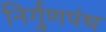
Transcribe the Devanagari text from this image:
निर्गुणपंथ